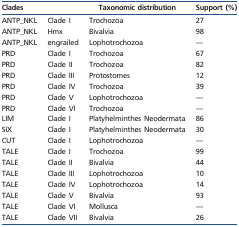
<table><thead><tr><td colspan="2"><b>Clades</b></td><td><b>Taxonomic distribution</b></td><td><b>Support (%)</b></td></tr></thead><tbody><tr><td>ANTP_NKL</td><td>Clade I</td><td>Trochozoa</td><td>27</td></tr><tr><td>ANTP_NKL</td><td>Hmx</td><td>Bivalvia</td><td>98</td></tr><tr><td>ANTP_NKL</td><td>engrailed</td><td>Lophotrochozoa</td><td>—</td></tr><tr><td>PRD</td><td>Clade I</td><td>Trochozoa</td><td>67</td></tr><tr><td>PRD</td><td>Clade II</td><td>Trochozoa</td><td>82</td></tr><tr><td>PRD</td><td>Clade III</td><td>Protostomes</td><td>12</td></tr><tr><td>PRD</td><td>Clade IV</td><td>Trochozoa</td><td>39</td></tr><tr><td>PRD</td><td>Clade V</td><td>Lophotrochozoa</td><td>—</td></tr><tr><td>PRD</td><td>Clade VI</td><td>Trochozoa</td><td>—</td></tr><tr><td>LIM</td><td>Clade I</td><td>Platyhelminthes Neodermata</td><td>86</td></tr><tr><td>SIX</td><td>Clade I</td><td>Platyhelminthes Neodermata</td><td>30</td></tr><tr><td>CUT</td><td>Clade I</td><td>Lophotrochozoa</td><td>—</td></tr><tr><td>TALE</td><td>Clade I</td><td>Trochozoa</td><td>99</td></tr><tr><td>TALE</td><td>Clade II</td><td>Bivalvia</td><td>44</td></tr><tr><td>TALE</td><td>Clade III</td><td>Lophotrochozoa</td><td>10</td></tr><tr><td>TALE</td><td>Clade IV</td><td>Lophotrochozoa</td><td>14</td></tr><tr><td>TALE</td><td>Clade V</td><td>Bivalvia</td><td>93</td></tr><tr><td>TALE</td><td>Clade VI</td><td>Mollusca</td><td>—</td></tr><tr><td>TALE</td><td>Clade VII</td><td>Bivalvia</td><td>26</td></tr></tbody></table>